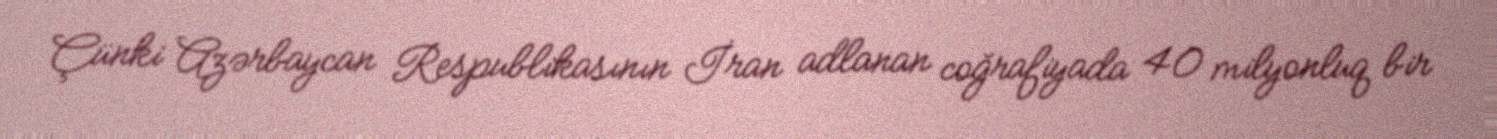
Çünki Azərbaycan Respublikasının İran adlanan coğrafiyada 40 milyonluq bir